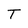
Character: T